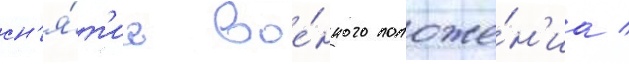
сн'я́т'ие вое́нного положе́н'иа /